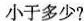
小于多少?